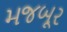
મજબૂર